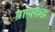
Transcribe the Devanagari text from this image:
प्राणकेंद्र